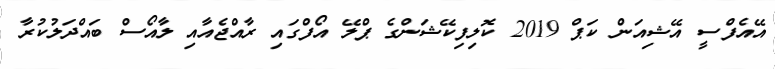
އޭއެފްސީ އޭޝިއަން ކަޕް 2019 ކޮލިފިކޭޝަންގެ ޕްލޭ އޯފްގައި ރާއްޖެއާއި ލާއޯސް ބައްދަލުކުރާ